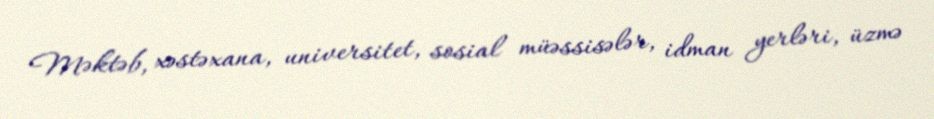
Məktəb, xəstəxana, universitet, sosial müəssisələr, idman yerləri, üzmə